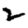
Digit: 2